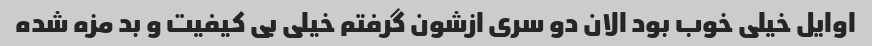
اوایل خیلی خوب بود الان دو سری ازشون گرفتم خیلی بی کیفیت و بد مزه شده